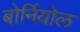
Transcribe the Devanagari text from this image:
बोर्नियोल